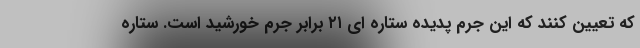
که تعیین کنند که این جرم پدیده ستاره ای ۲۱ برابر جرم خورشید است. ستاره